Civil Veterinary Department Bihar reports 1936-40 - 1936-1940
Year: 1936
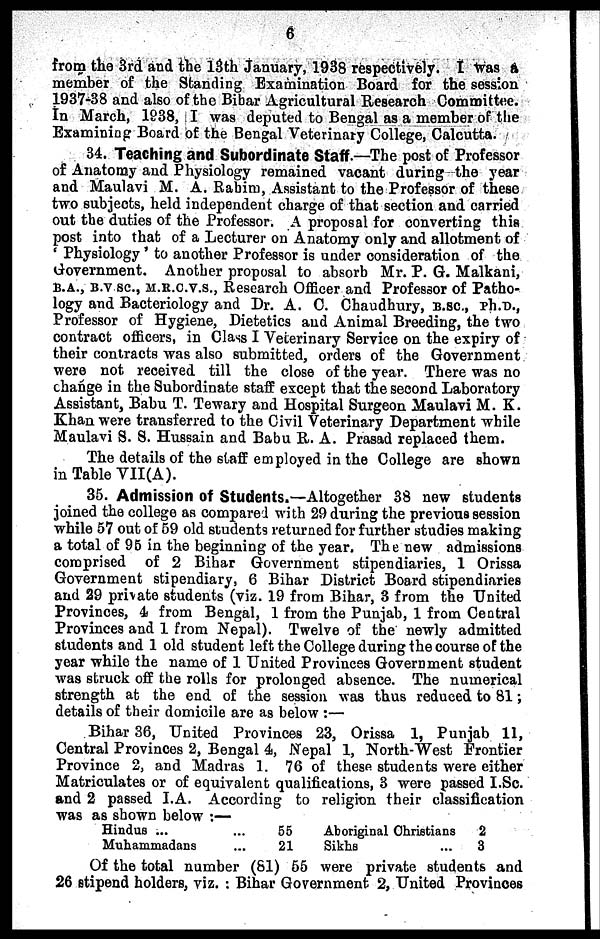
6
from the 3rd and the 13th January, 1938 respectively. I Was a
member of the Standing Examination Board for the session
1937-38 and also of the Bihar Agricultural Research Committee.
In March, 1938, I was deputed to Bengal as a member of the
Examining Board of the Bengal Veterinary College, Calcutta.
34. Teaching and Subordinate Staff.—The post of Professor
of Anatomy and Physiology remained vacant during the year
and Maulavi M. A. Rahim, Assistant to the Professor of these
two subjects, held independent charge of that section and carried
out the duties of the Professor. A proposal for converting this
post into that of a Lecturer on Anatomy only and allotment of
'Physiology' to another Professor is under consideration of the
Government. Another proposal to absorb Mr. P. G. Malkani,
B.A., B.V sc., M.R.C.V.S., Research Officer and Professor of Patho-
logy and Bacteriology and Dr. A. C. Chaudhury, B.sc., Ph.D.,
Professor of Hygiene, Dietetics and Animal Breeding, the two
contract officers, in Class I Veterinary Service on the expiry of
their contracts was also submitted, orders of the Government
were not received till the close of the year. There was no
change in the Subordinate staff except that the second Laboratory
Assistant, Babu T. Tewary and Hospital Surgeon Maulavi M. K.
Khan were transferred to the Civil Veterinary Department while
Maulavi S. S. Hussain and Babu R. A. Prasad replaced them.
The details of the staff employed in the College are shown
in Table VII(A).
35. Admission of Students.—Altogether 38 new students
joined the college as compared with 29 during the previous session
while 57 out of 59 old students returned for further studies making
a total of 95 in the beginning of the year. The new admissions
comprised of 2 Bihar Government stipendiaries, 1 Orissa
Government stipendiary, 6 Bihar District Board stipendiaries
and 29 private students (viz. 19 from Bihar, 3 from the United
Provinces, 4 from Bengal, 1 from the Punjab, 1 from Central
Provinces and 1 from Nepal). Twelve of the newly admitted
students and 1 old student left the College during the course of the
year while the name of 1 United Provinces Government student
was struck off the rolls for prolonged absence. The numerical
strength at the end of the session was thus reduced to 81;
details of their domicile are as below:—
Bihar 36, United Provinces 23, Orissa 1, Punjab 11,
Central Provinces 2, Bengal 4, Nepal 1, North-West Frontier
Province 2, and Madras 1. 76 of these students were either
Matriculates or of equivalent qualifications, 3 were passed I.Sc.
and 2 passed I.A. According to religion their classification
was as shown below:—
Hindus ...
Muhammadans ...
55
21
Aboriginal Christians
Sikhs
2
3
Of the total number (81) 65 were private students and
26 stipend holders, viz.: Bihar Government 2, United Provinces